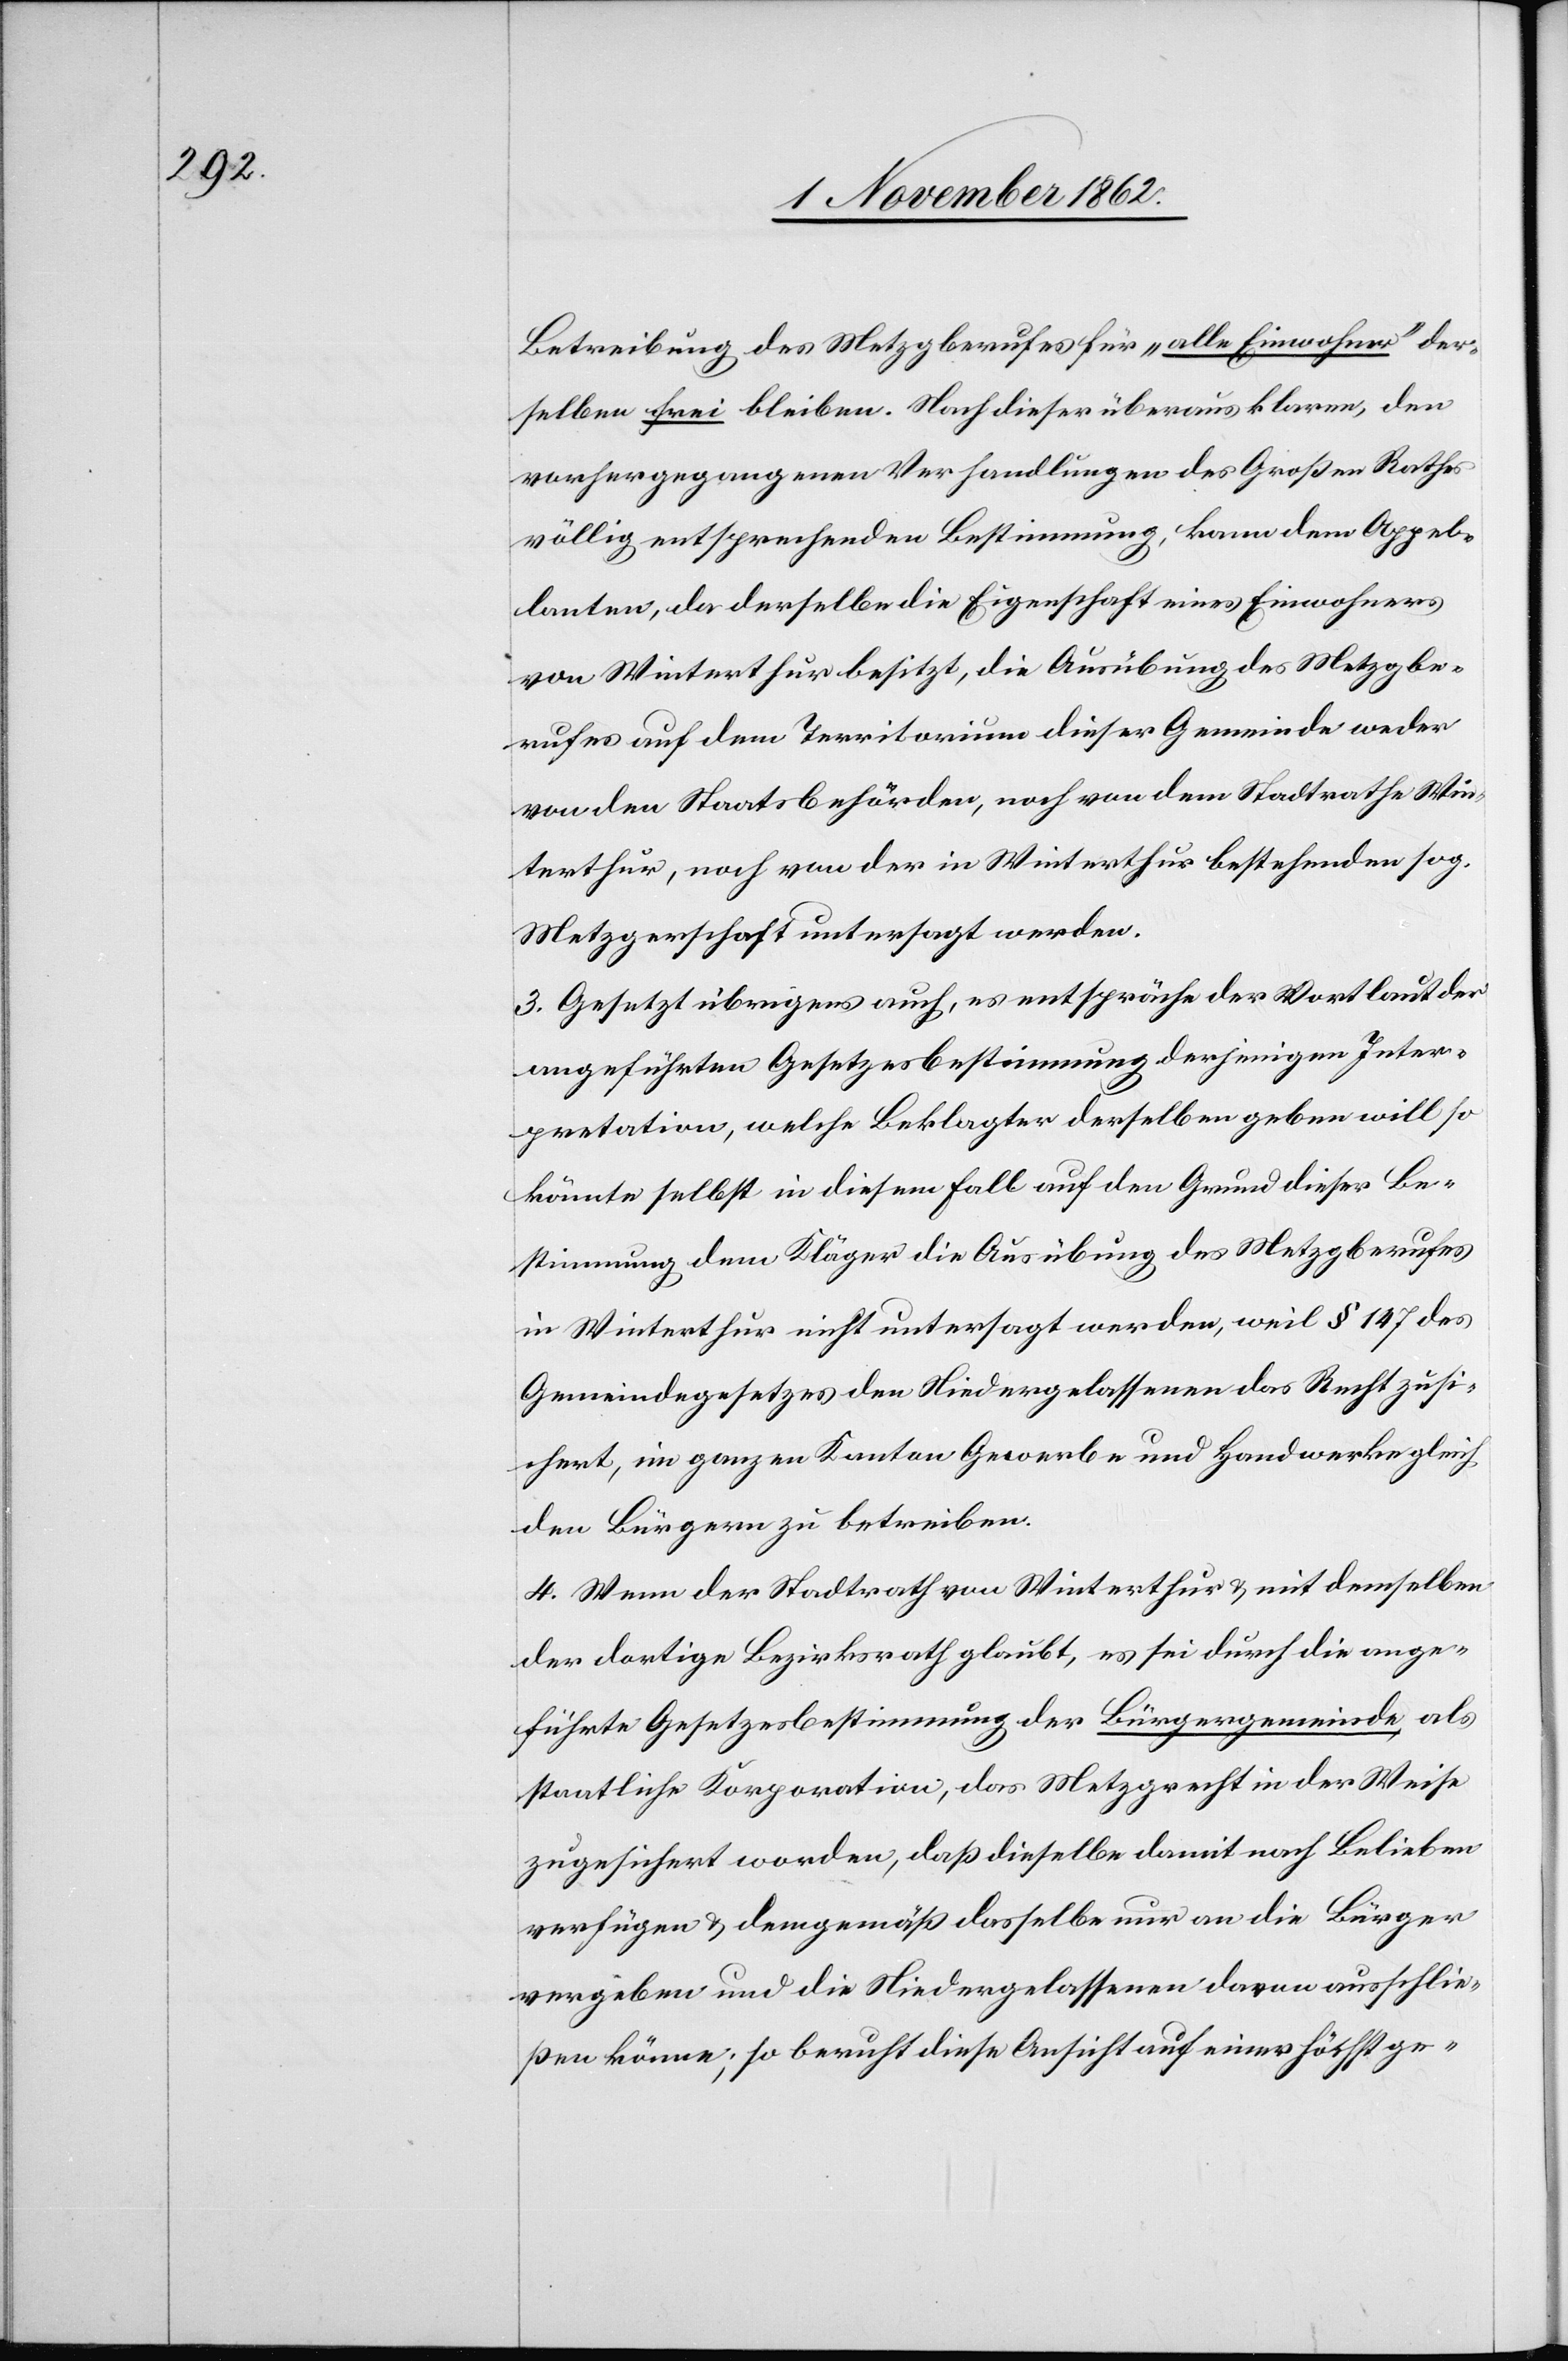
Betreibung des Metzgberufes für „alle Einwohner“ der¬
selben frei bleiben. Nach dieser überaus klaren, den
vorhergegangenen Verhandlungen des Großen Rathes
völlig entsprechenden Bestimmung, kann dem Appel¬
lanten, da derselbe die Eigenschaft eines Einwohners
von Winterthur besitzt, die Ausübung des Metzgbe¬
rufes auf dem Territorium dieser Gemeinde weder
von den Staatsbehörden, noch von dem Stadtrathe Win¬
terthur, noch von der in Winterthur bestehenden sog.
Metzgerschaft untersagt werden.
3. Gesetzt übrigens auch, es entspräche der Wortlaut der
angeführten Gesetzesbestimmung derjenigen Inter¬
pretation, welche Beklagter derselben geben will so
könnte selbst in diesem Fall auf den Grund dieser Be¬
stimmung dem Kläger die Ausübung des Metzgberufes
in Winterthur nicht untersagt werden, weil § 147 des
Gemeindegesetzes den Niedergelassenen das Recht zusi¬
chert, im ganzen Kanton Gewerbe und Handwerke gleich
den Bürgern zu betreiben.
4. Wenn der Stadtrath von Winterthur u. mit demselben
der dortige Bezirksrath glaubt, es sei durch die ange¬
führte Gesetzesbestimmung der Bürgergemeinde, als
staatliche Korporation, das Metzgrecht in der Weise
zugesichert worden, daß dieselbe damit nach Belieben
verfügen u. demgemäß dasselbe nur an die Bürger
vergeben und die Niedergelassenen davon ausschlie¬
ßen könne, so beruht diese Ansicht auf einer höchst ge-